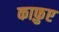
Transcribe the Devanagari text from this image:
काफ़ुए